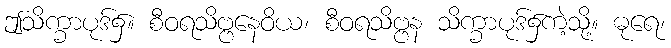
ဤသိက္ခာပုဒ်၌။ စီဝရသိဗ္ဗနေဝိယ၊ စီဝရသိဗ္ဗန သိက္ခာပုဒ်၌ကဲ့သို့။ ဓုရေ၊